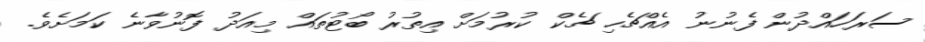
ސަރަހައްދުން ފެނުނު އެއްޗެހި ޗެކް ކުރުމަށް އިތުރު ބޯޓުތައް މިއަދު ފޮނުވާނެ ކަމަށެވެ.